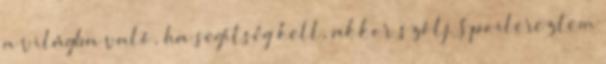
a világba való, ha segítség kell, akkor szólj. Spoilereztem